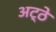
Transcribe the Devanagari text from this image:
अट्ठे